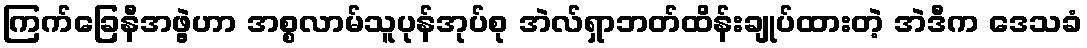
ကြက်ခြေနီအဖွဲ့ဟာ အစ္စလာမ်သူပုန်အုပ်စု အဲလ်ရှာဘတ်ထိန်းချုပ်ထားတဲ့ အဲဒီက ဒေသခံ